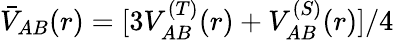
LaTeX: \bar{V}_{AB}(r)=[3V_{AB}^{(T)}(r)+V_{AB}^{(S)}(r)]/4